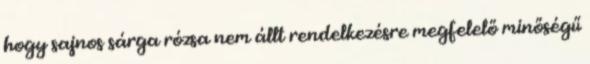
hogy sajnos sárga rózsa nem állt rendelkezésre megfelelő minőségű